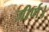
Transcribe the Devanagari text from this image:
जीर्ण।